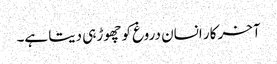
آخر کار انسان دروغ کو چھوڑ ہی دیتا ہے۔